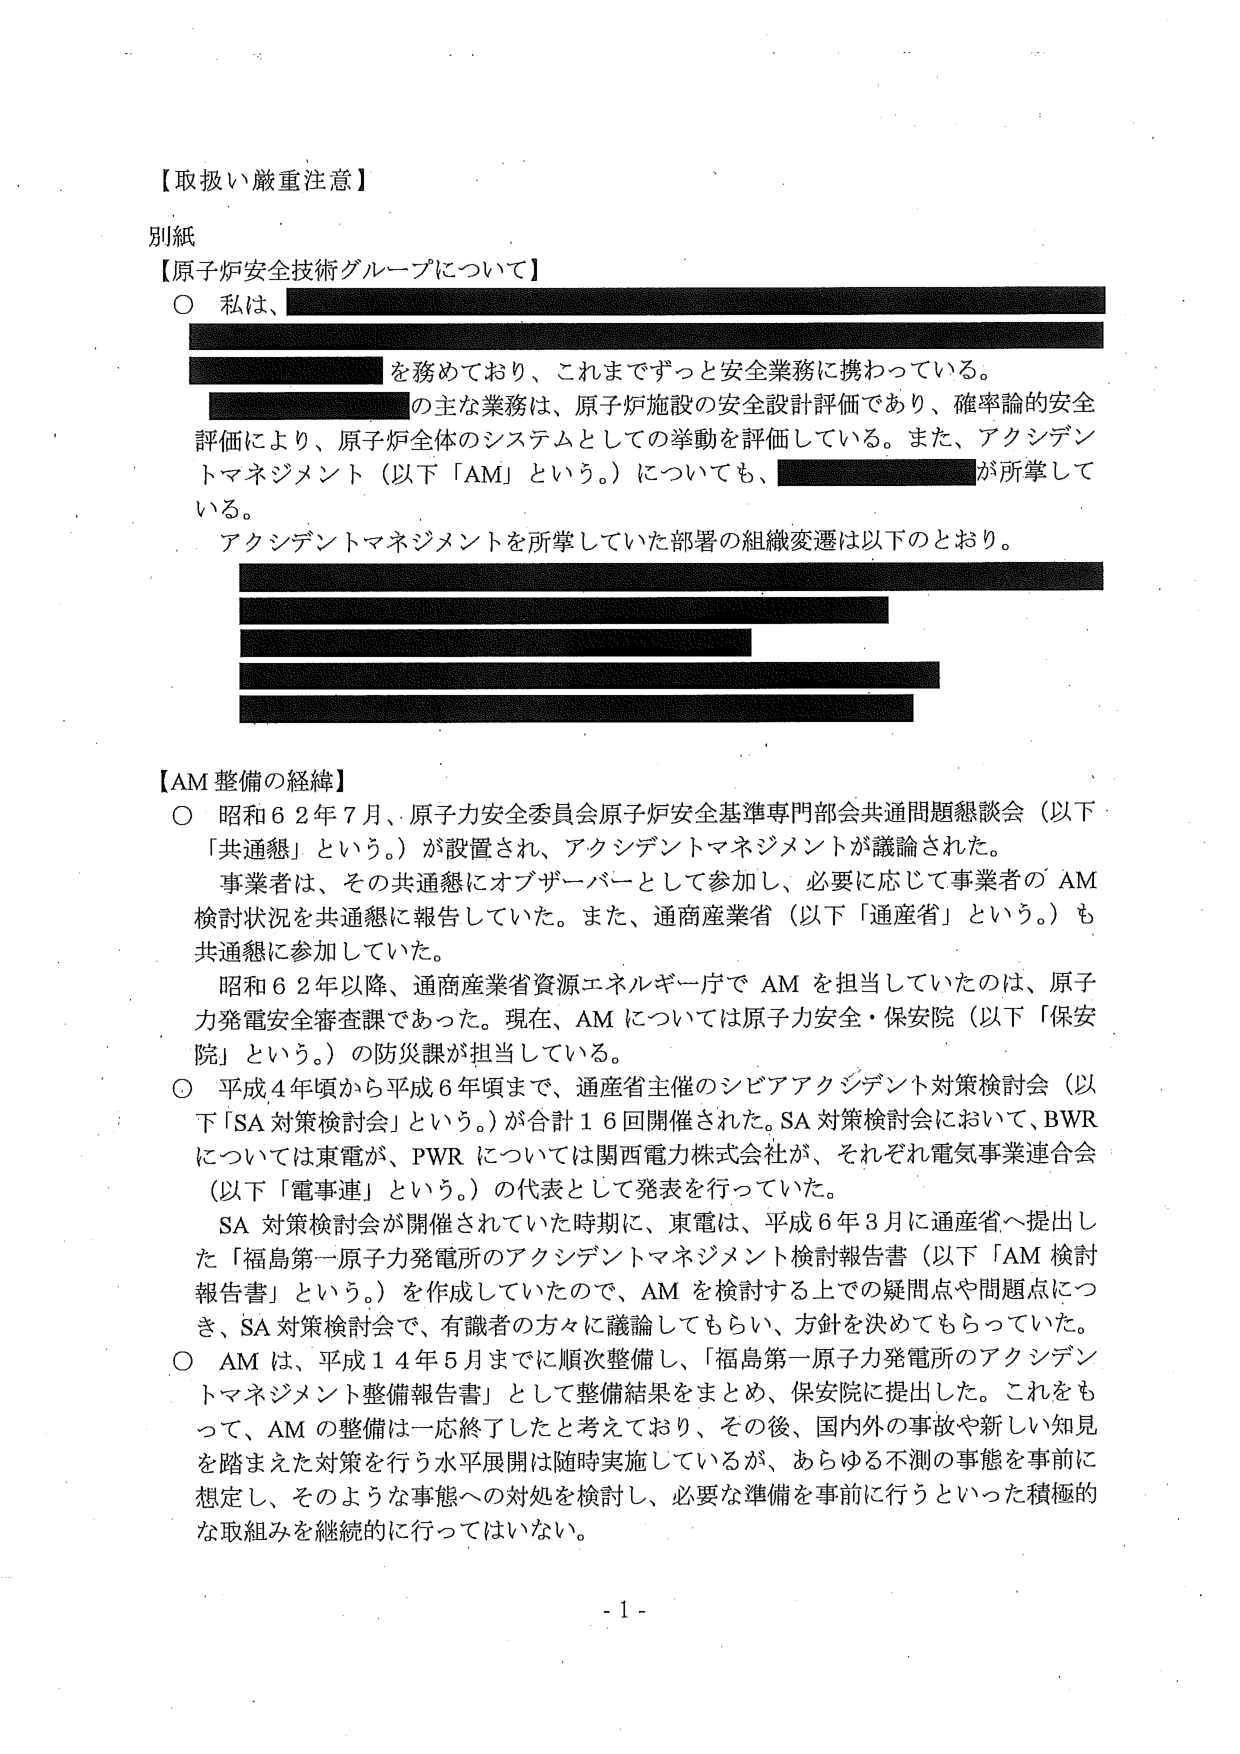
【取扱い厳重注意】

別紙

【原子炉安全技術グループについて】
○ 私は、
を務めており、これまでずっと安全業務に携わっている。
の主な業務は、原子炉施設の安全設計評価であり、確率論的安全
評価により、原子炉全体のシステムとしての挙動を評価している。また、アクシデン
トマネジメント（以下「AM」という。）についても、
が所掌して
いる。
アクシデントマネジメントを所掌していた部署の組織変遷は以下のとおり。

【AM 整備の経緯】
○ 昭和62年7月、原子力安全委員会原子炉安全基準専門部会共通問題懇談会（以下
「共通懇」という。）が設置され、アクシデントマネジメントが議論された。
事業者は、その共通懇にオブザーバーとして参加し、必要に応じて事業者の AM
検討状況を共通懇に報告していた。また、通商産業省（以下「通産省」という。）も
共通懇に参加していた。
昭和62年以降、通商産業省資源エネルギー庁で AM を担当していたのは、原子
力発電安全審査課であった。現在、AM については原子力安全・保安院（以下「保安
院」という。）の防災課が担当している。
○ 平成4年頃から平成6年頃まで、通産省主催のシビアアクシデント対策検討会（以
下「SA 対策検討会」という。）が合計16回開催された。SA 対策検討会において、BWR
については東電が、PWR については関西電力株式会社が、それぞれ電気事業連合会
（以下「電事連」という。）の代表として発表を行っていた。
SA 対策検討会が開催されていた時期に、東電は、平成6年3月に通産省へ提出し
た「福島第一原子力発電所のアクシデントマネジメント検討報告書（以下「AM 検討
報告書」という。）を作成していたので、AM を検討する上での疑問点や問題点につ
き、SA 対策検討会で、有識者の方々に議論してもらい、方針を決めてもらっていた。
○ AM は、平成14年5月までに順次整備し、「福島第一原子力発電所のアクシデン
トマネジメント整備報告書」として整備結果をまとめ、保安院に提出した。これをも
って、AM の整備は一応終了したと考えており、その後、国内外の事故や新しい知見
を踏まえた対策を行う水平展開は随時実施しているが、あらゆる不測の事態を事前に
想定し、そのような事態への対処を検討し、必要な準備を事前に行うといった積極的
な取組みを継続的に行ってはいない。

- 1 -